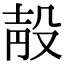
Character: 𣪗